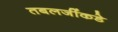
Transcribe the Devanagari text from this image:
तबलजींकडे